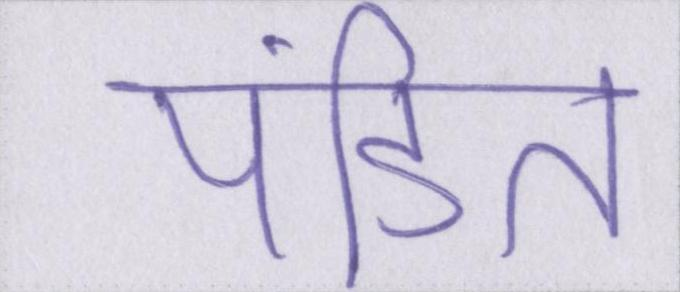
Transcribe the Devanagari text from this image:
पंडित